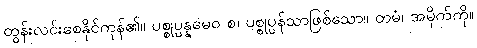
ထွန်းလင်းစေနိုင်ကုန်၏။ ပစ္စုပ္ပန္နမေဝ စ၊ ပစ္စုပ္ပန်သာဖြစ်သော။ တမံ၊ အမိုက်ကို။